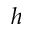
h